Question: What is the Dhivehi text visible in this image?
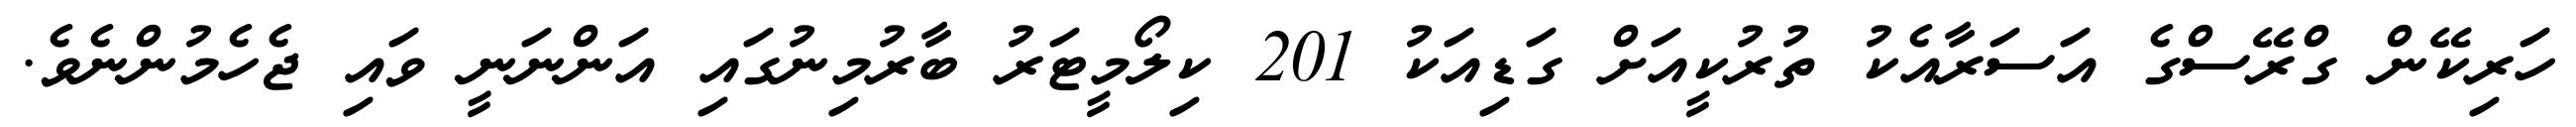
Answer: ހަރިކޭން ގްރޭސްގެ އަސަރާއެކު ތުރުކީއަށް ގަޑިއަކު 201 ކިލޯމީޓަރު ބާރުމިނުގައި އަންނަނީ ވައި ޖެހެމުންނެވެ.